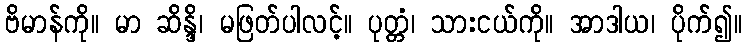
ဗိမာန်ကို။ မာ ဆိန္ဒိ၊ မဖြတ်ပါလင့်။ ပုတ္တံ၊ သားငယ်ကို။ အာဒါယ၊ ပိုက်၍။